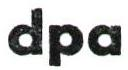
dpa